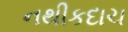
નથીકદાચ